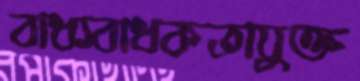
বাধ্যবাধকতাযুক্ত